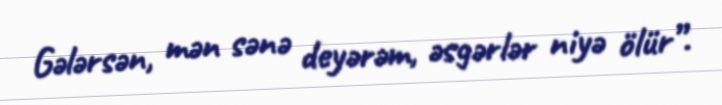
Gələrsən, mən sənə deyərəm, əsgərlər niyə ölür”.